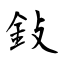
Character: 鈙